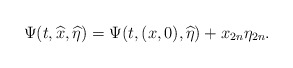
\begin{align*}\Psi(t,\widehat x,\widehat\eta)=\Psi(t,(x,0),\widehat\eta)+x_{2n}\eta_{2n}.\end{align*}